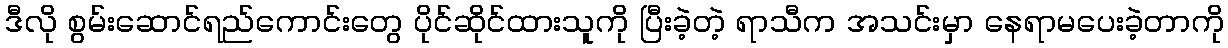
ဒီလို စွမ်းဆောင်ရည်ကောင်းတွေ ပိုင်ဆိုင်ထားသူကို ပြီးခဲ့တဲ့ ရာသီက အသင်းမှာ နေရာမပေးခဲ့တာကို